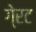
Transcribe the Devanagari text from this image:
गे्रट